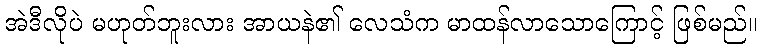
အဲဒီလိုပဲ မဟုတ်ဘူးလား အာယနဲ၏ လေသံက မာထန်လာသောကြောင့် ဖြစ်မည်။